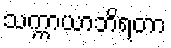
သက္ကာယာဘိရတာ